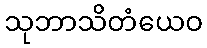
သုဘာသိတံယေဝ